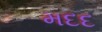
મદદ